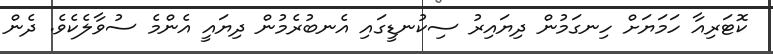
ކޮޓަރިއާ ހަމަޔަށް ހިނގަމުން ދިޔައިރު ސިކުނޑީގައި އެނބުރެމުން ދިޔައީ އެންމެ ސުވާލެކެވެ. ދެން